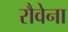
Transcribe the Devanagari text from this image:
रौवेना